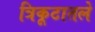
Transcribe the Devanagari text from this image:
त्रिकूटातले